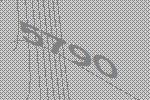
5790